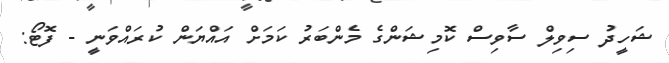
ޝަހީދު ސިވިލް ސާވިސް ކޮމިޝަންގެ މެންބަރު ކަމަށް އައްޔަން ކުރައްވަނީ - ފޮޓޯ: